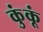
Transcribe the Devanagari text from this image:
कुंकूं